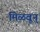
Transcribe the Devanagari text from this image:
मिळवून्